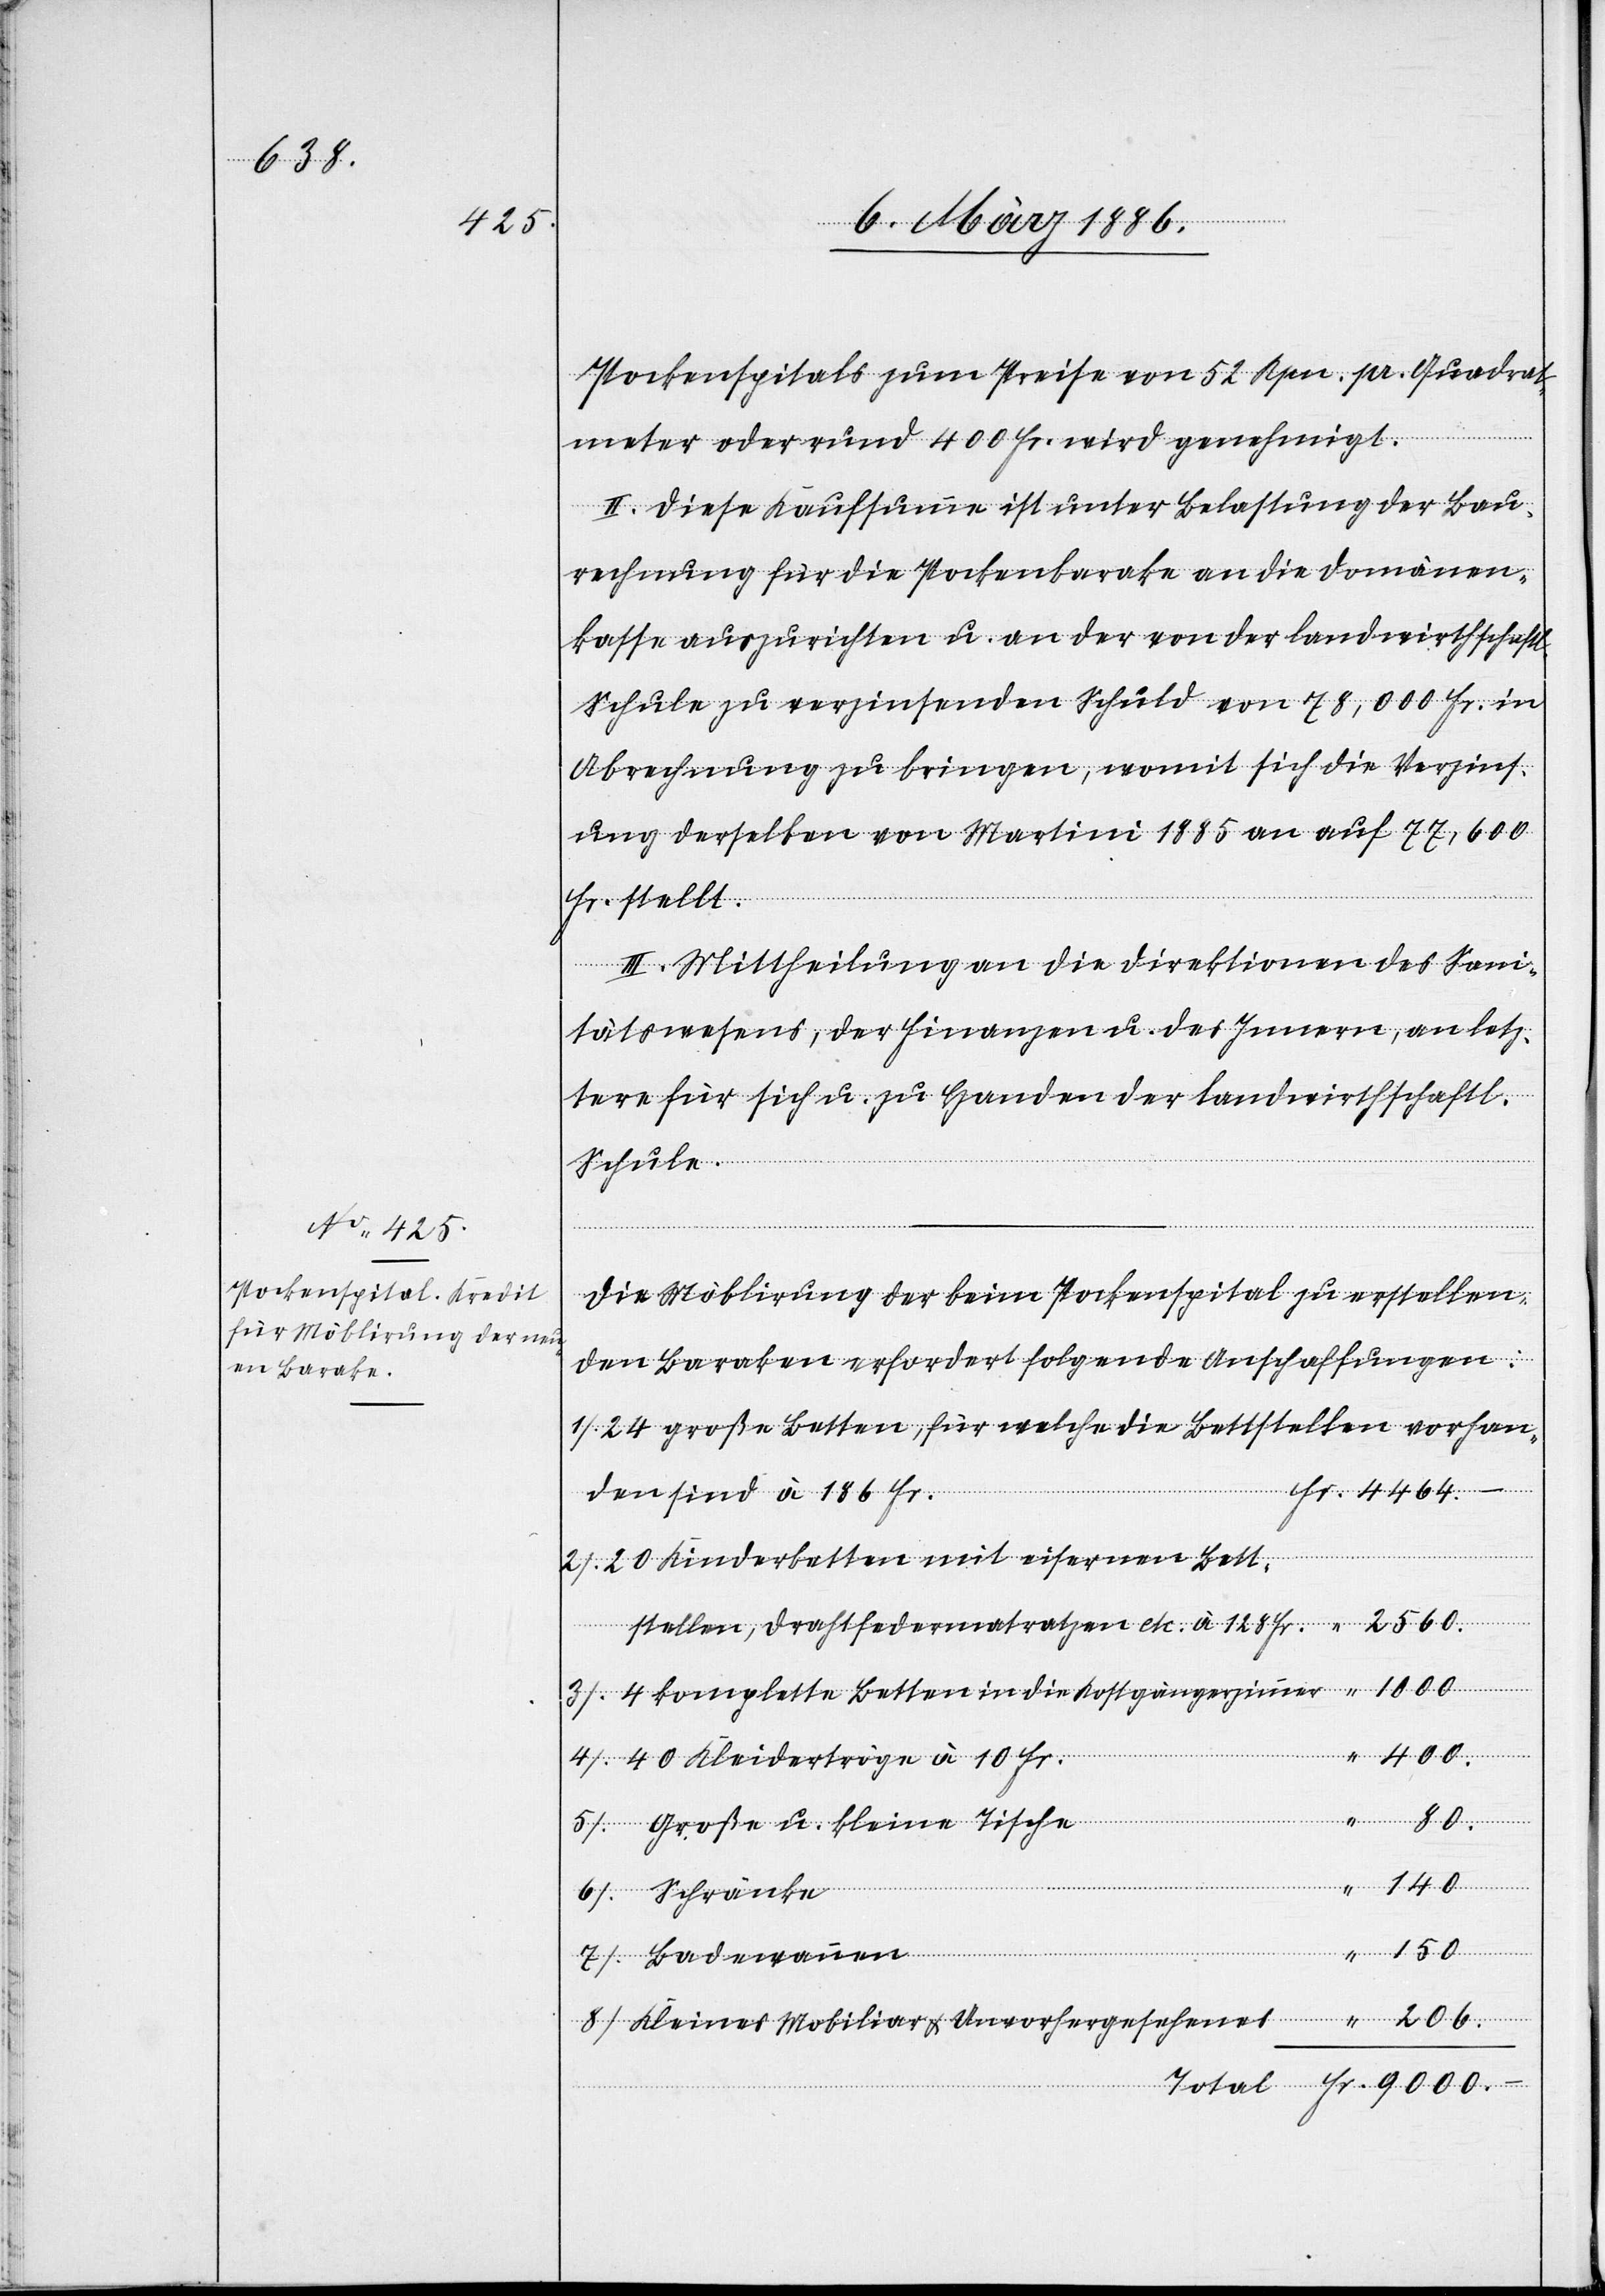
206.

Pockenspitals zum Preise von 52 Rpn. pr. Quadrat¬
meter oder rund 400 Fr. wird genehmigt.
II. Diese Kaufsumme ist unter Belastung der Bau¬
rechnung für die Pockenbarake an die Domänen¬
kasse auszurichten u. an der von der landwirthschaftl.
Schule zu verzinsenden Schuld von 78,000 Fr. in
Abrechnung zu bringen, womit sich die Verzins¬
ung derselben von Martini 1885 an auf 77,600
die Kostgängerzimmer
Fr. stellt.
III. Mittheilung an die Direktionen des Sani¬
tätswesens, der Finanzen u. des Innern, an letz¬
tere für sich u. zu Handen der landwirthschaftl.
Schule.
Die Möblirung der beim Pockenspital zu erstellen¬
den Baraken erfordert folgende Anschaffungen:
24 große Betten, für welche die Bettstellen vorhan¬
Fr.
den sind à 186 Fr.
20 Kinderbetten mit eisernen Bett¬
stellen, Drahtfedermatratzen etc. à 128 Fr.
40 Kleidertröge à 10 Fr.
Große u. kleine Tische
140.
nnen
150.
Kleines Mobiliar & Unvorhergesehenes